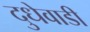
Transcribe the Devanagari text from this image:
दुधेवाडी